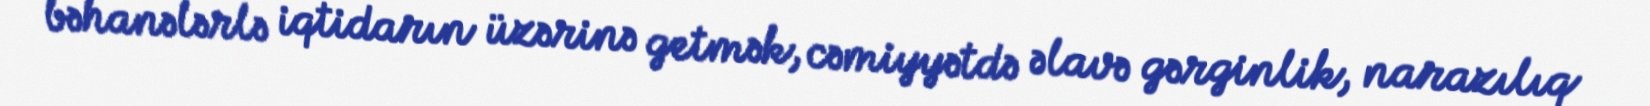
bəhanələrlə iqtidarın üzərinə getmək, cəmiyyətdə əlavə gərginlik, narazılıq